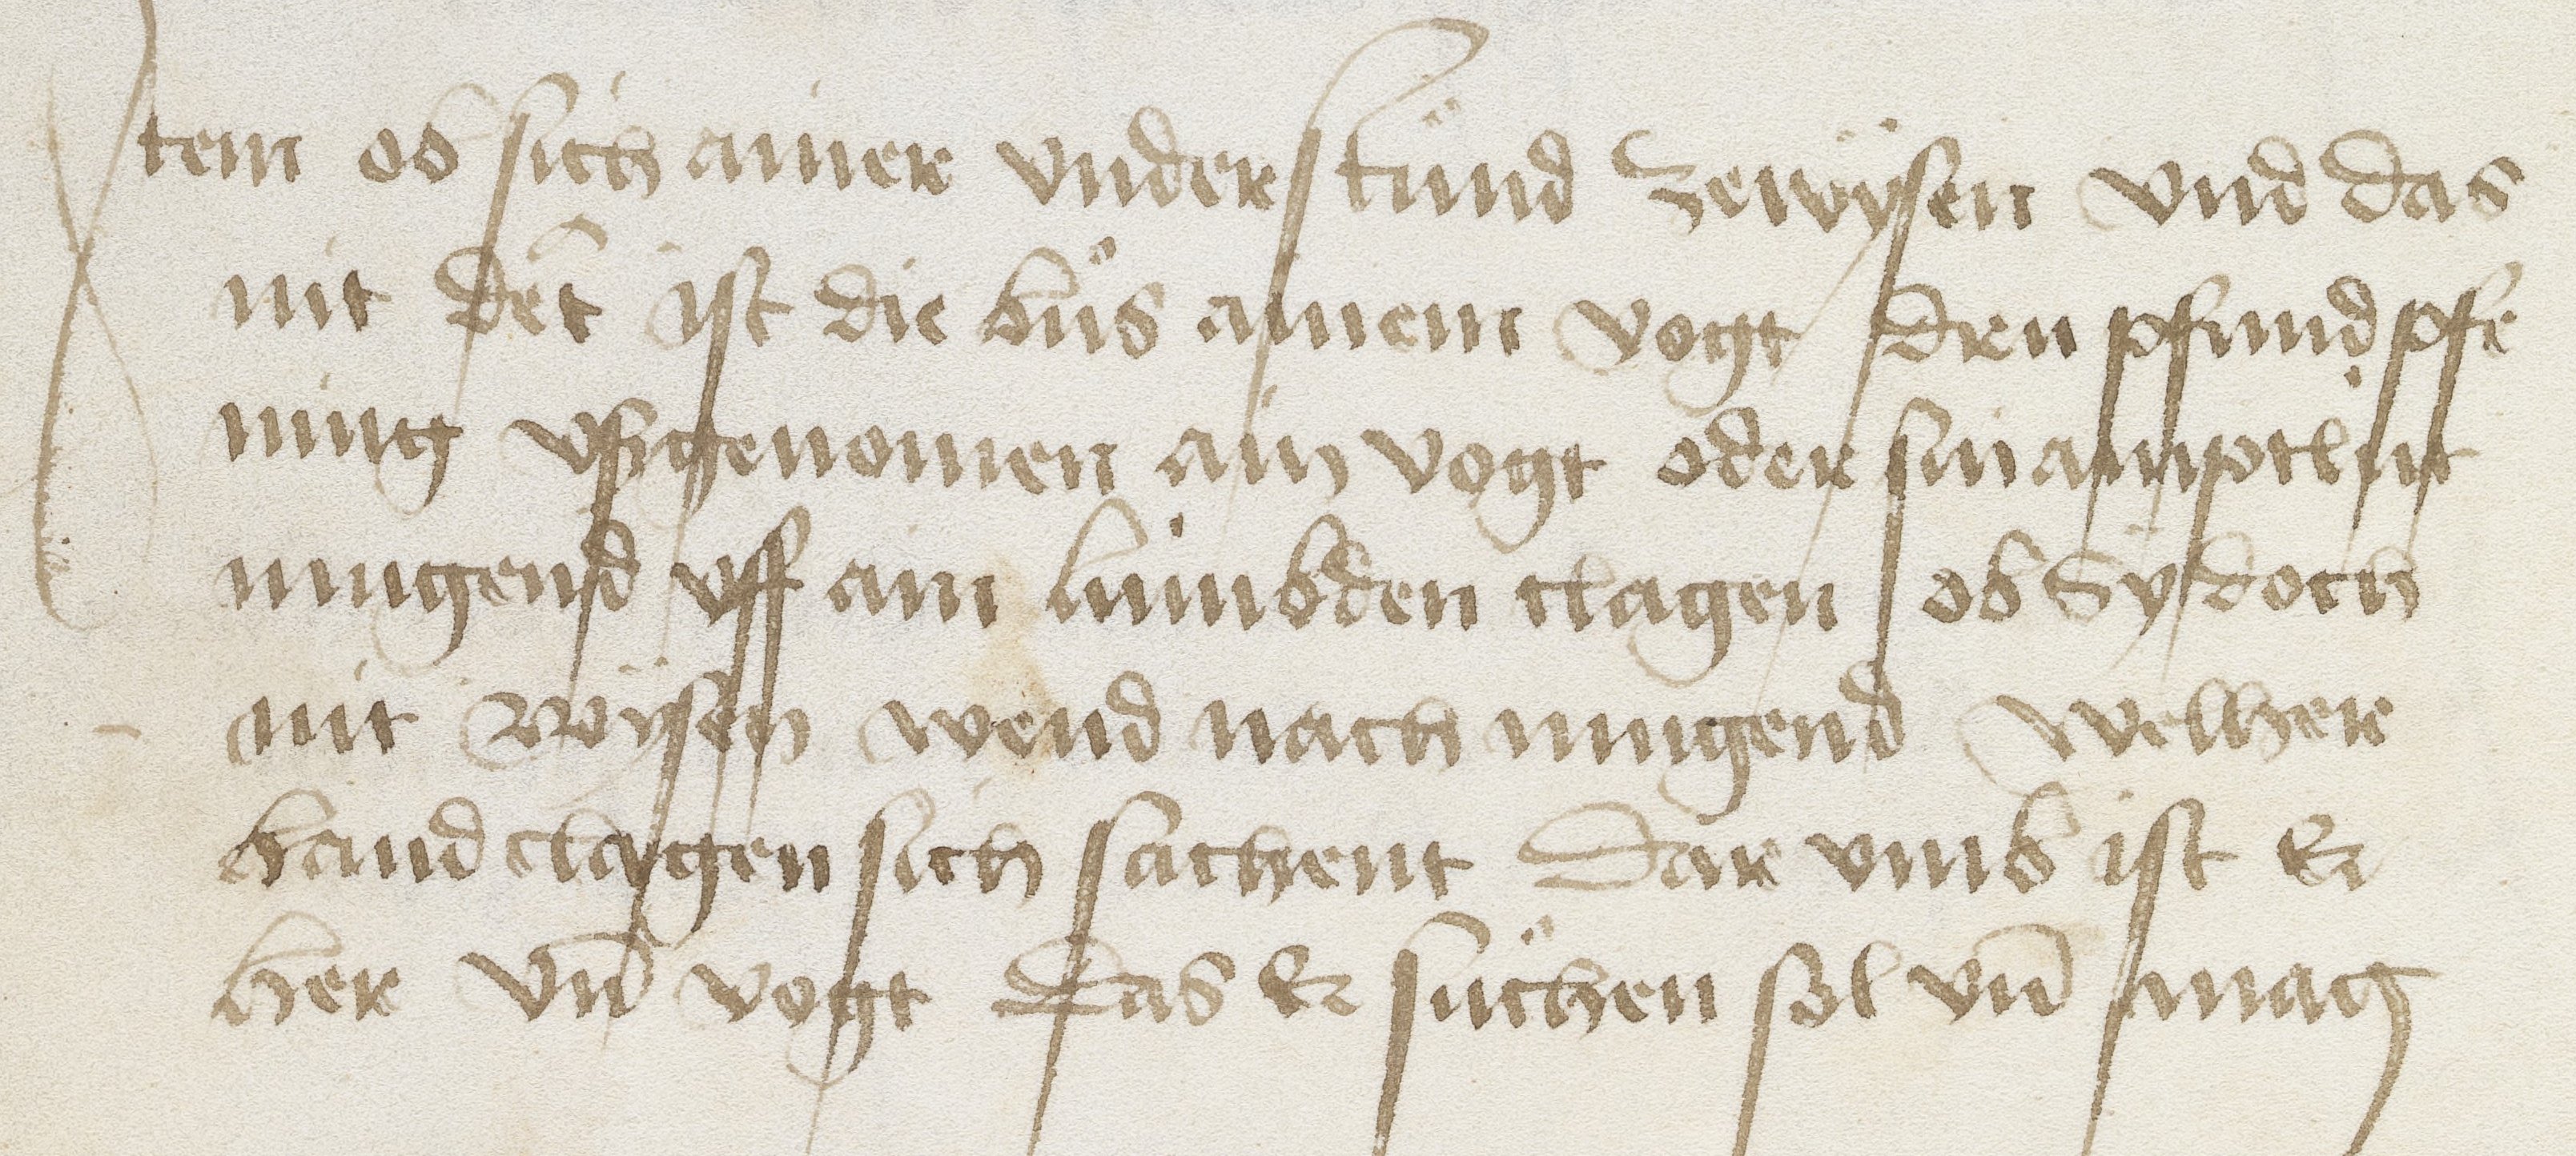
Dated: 1469–1469